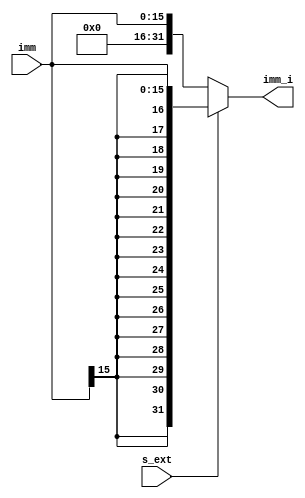
module ext(imm,s_ext,imm_i);

input [15:0] imm;
input s_ext;
output reg [31:0] imm_i;

always@(*)
	begin
	if(s_ext==0) //
		imm_i={{16{1'b0}},imm};
	else //
		imm_i={{16{imm[15]}},imm};
	end

endmodule